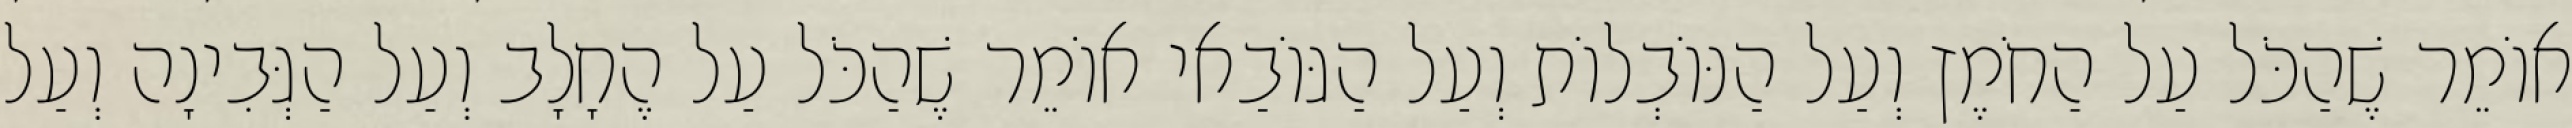
אוֹמֵר שֶׁהַכֹּל עַל הַחֹמֶץ וְעַל הַנּוֹבְלוֹת וְעַל הַגּוֹבַאי אוֹמֵר שֶׁהַכֹּל עַל הֶחָלָב וְעַל הַגְּבִינָה וְעַל